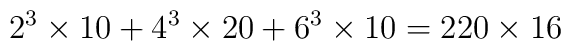
2^{3}\times 10+4^{3}\times 20+6^{3}\times 10=220\times 16